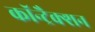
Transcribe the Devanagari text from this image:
कॉन्ट्रैक्शन